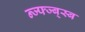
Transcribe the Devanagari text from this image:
न्ज्फ्ज्ब्स्ब